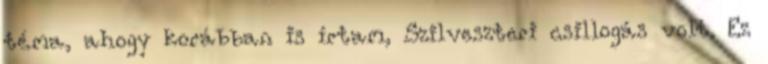
téma, ahogy korábban is írtam, Szilveszteri csillogás volt. Ez